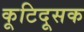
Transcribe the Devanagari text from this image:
कूटिदूसक